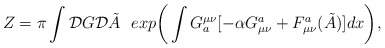
\begin{align*}Z=\pi \int {\cal D}G {\cal D} \tilde{A}~~exp \bigg( \int G^{\mu\nu}_a [-\alpha G_{\mu\nu}^a + F_{\mu\nu}^a(\tilde{A})]dx \bigg),\end{align*}